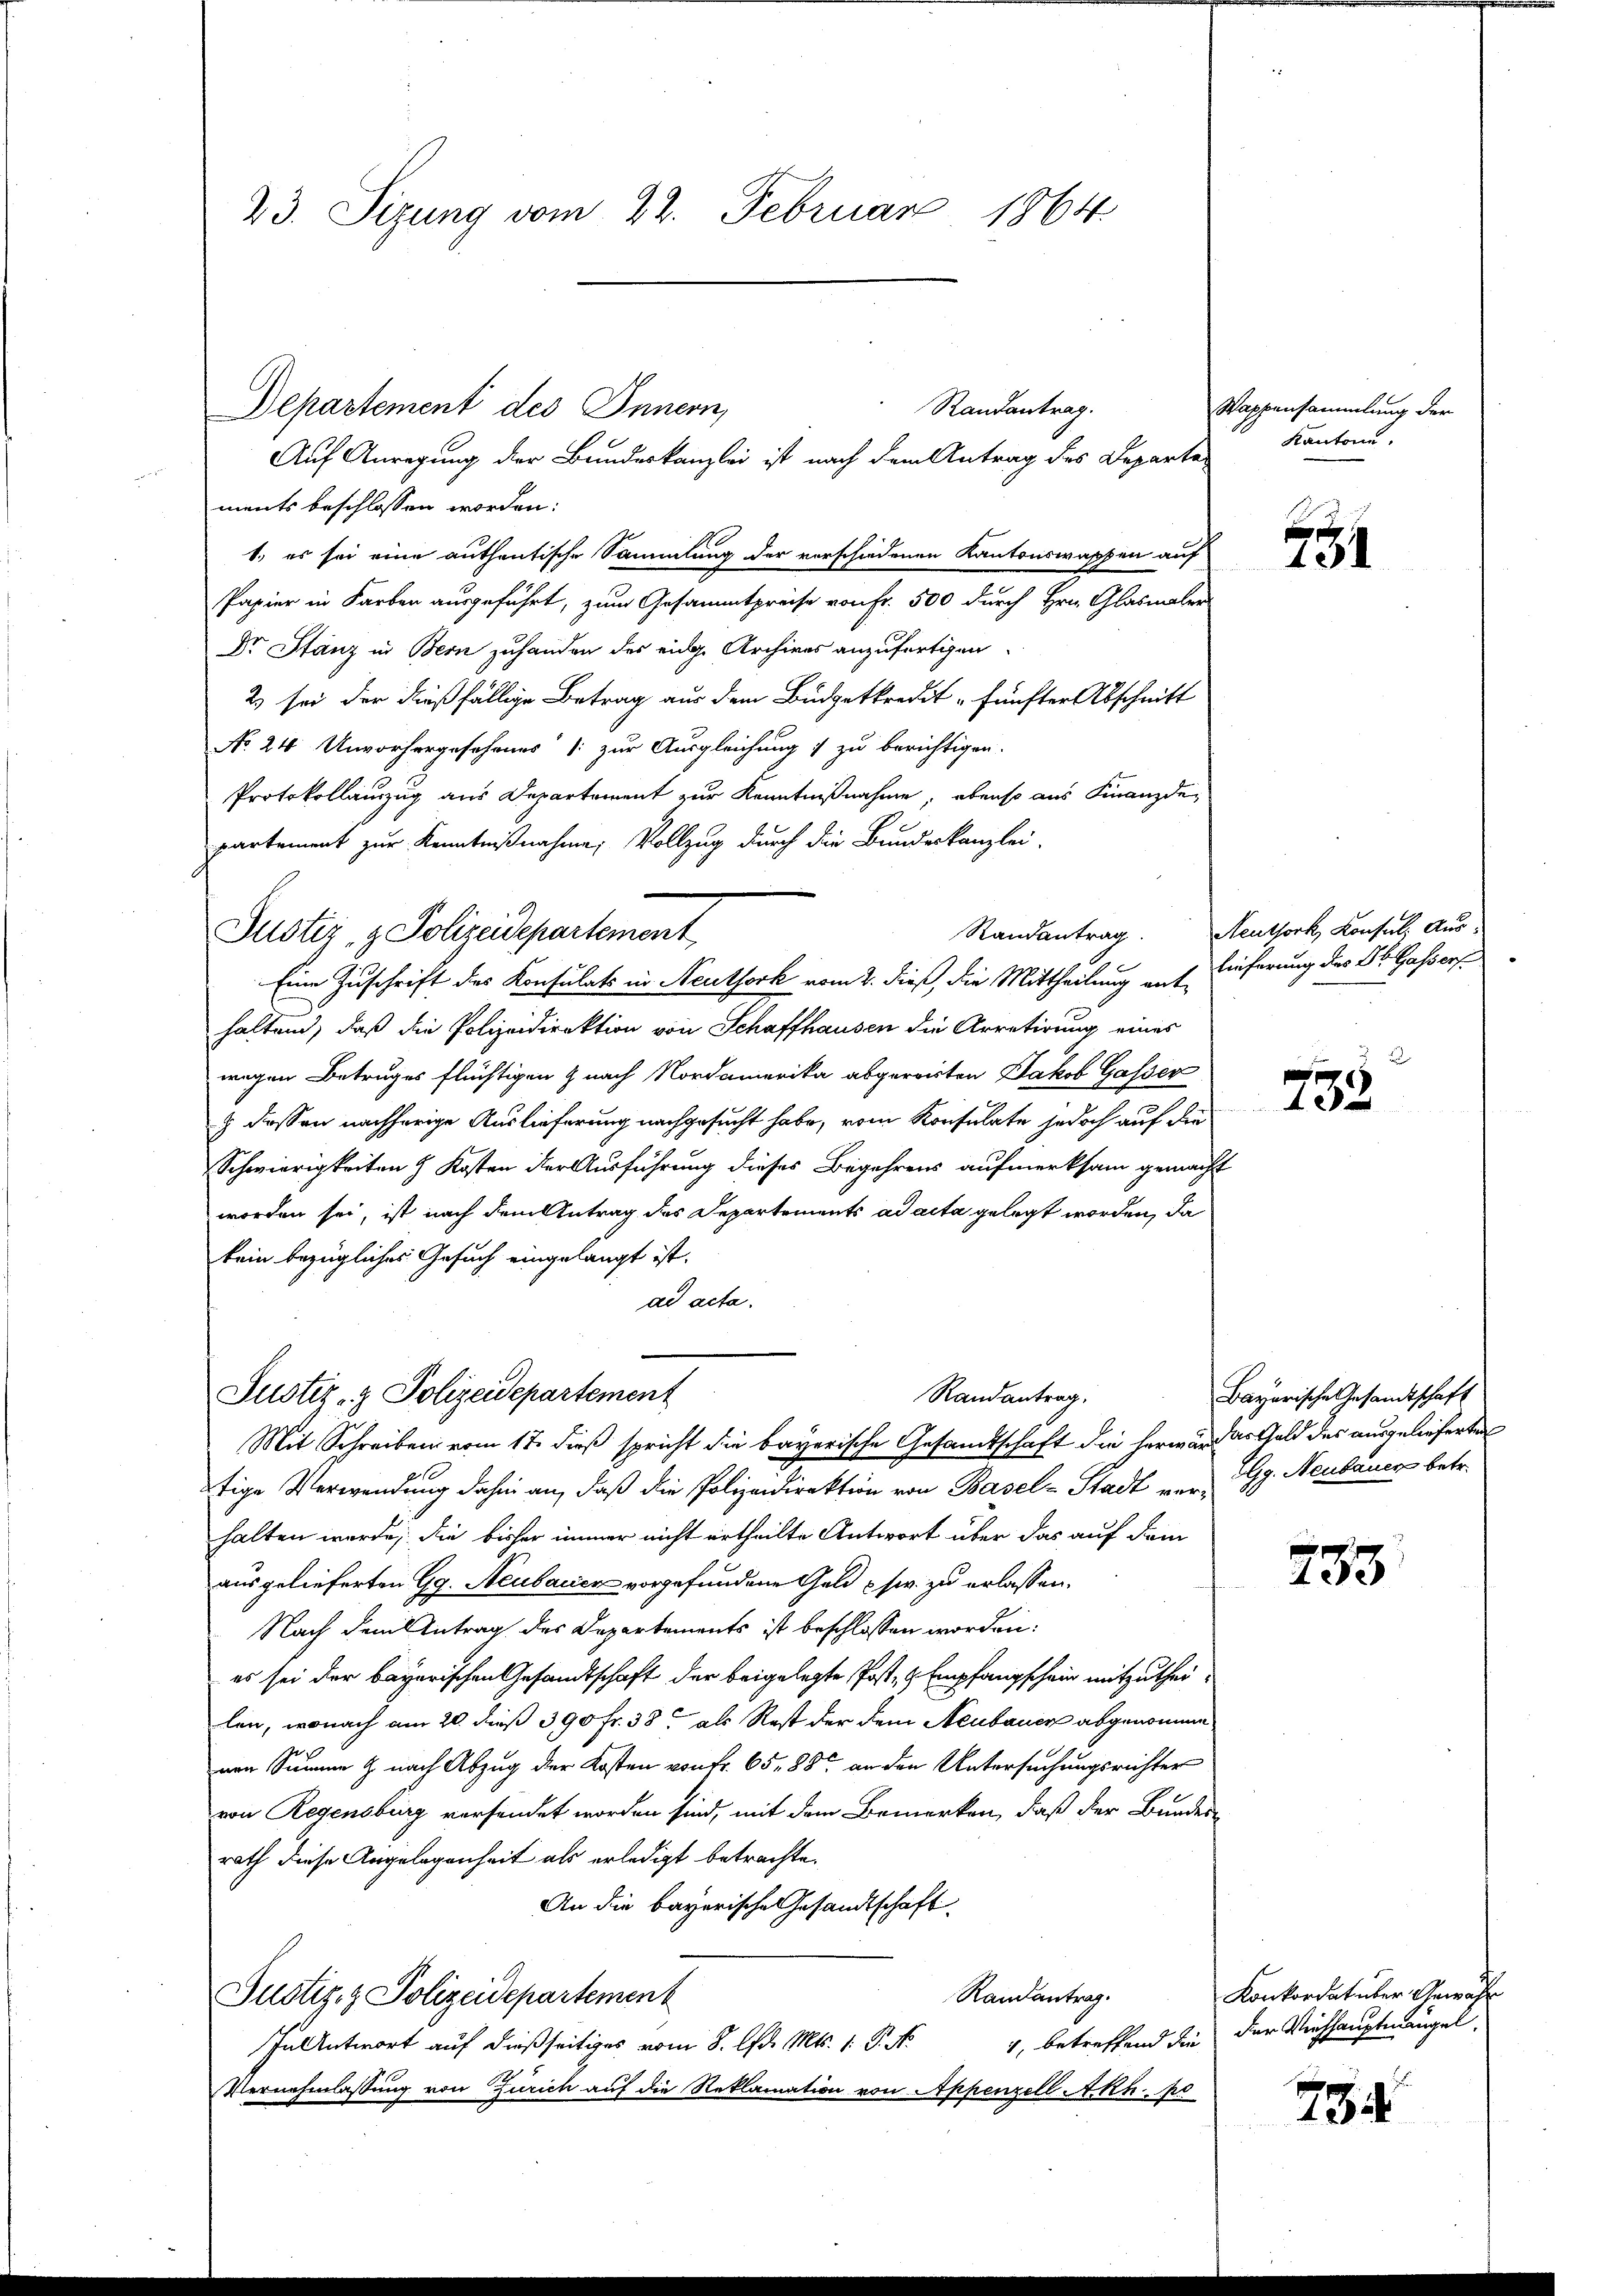
23. Sizung vom 22. Februar 1864.

ments beschlossen worden:
1. es sei eine authentische Sammlung der verschiedenen Kantonswassen auf
Papier in Farben ausgeführt, zum Gesammtpreise von Fr. 500 durch Hrn. Glasmaler
Dr Stanz in Bern zuhanden des eidge Archives anzufertigen.
2) sei der dießfällige Betrag aus dem Büdgetkredit fünfter Abschnitt
No 24. Unvorhergesehenes (: zur Ausgleichung :/ zu berichtigen.
Protokollanzug aus Departement zur Kenntnißnahme, ebenso aus Finanzdepartement zur Kenntnißnahme Vollzug durch die Bundeskanzlei-
Justiz- & Polizeidepartement
Eine Zuschrift des Konsulats in Neuthork vom 2. dieß, die Mittheilung enthaltend, daß die Polizeidirektion von Schaffhausen die Arretirung eines
wegen Betruges flüchtigen & nach Nordamerika abgereisten Jakob Gasser
e
§ dessen nachherige Auslieferung nachgesucht habe, vom Konsulate jedoch auf die
Schwierigkeiten 3 Kosten der Ausführung dieses Begehrens aufmerksam gemacht
worden sei, ist nach dem Antrag des Departements ad acta gelegt worden, da
kein bezügliches Gesuch eingelangt ist.
ad acta.

Randantrag.
Departement des Innern,
Auf Anregung der Bundeskanzlei ist nach dem Antrag des Departe

Justiz- & Polizeidepartement
Randantrag.
Mit Schreiben vom 17. dieß spricht die bayerische Gesandtschaft die herwar das Gold des ausgelieferten

tige Verwendung dahin an, daß die Polizeidirektion von Basel-Stadt vor Gg. Neubauer betr.
halten werde; die bisher immer nicht urtheilte Antwort über das auf dem
ausgelieferten Gg. Neubacien vorgefundene Geld usw. zu erlassen.
Nach dem Antrag des Departements ist beschlossen worden:
es sei der bayerischen Gesandtschaft der beigelegte Post- & Empfangschein mitzutheilen, wonach am 20. dieß 390 fr. 38 als Rest der dem Neubauer abgenomme
nen Summe & nach Abzug der Kosten von Fr. 65, 88 an den Untersuchungsrichter
von Regensburg versendet worden sind, mit dem Bemerken, daß der Bundes-
rath diese Angelegenheit als erledigt betrachte.
An die bayerische Gesandtschaft
Randantrag.
Justiz- & Polizeidepartement
In Antwort auf dießseitiges vom 8. d. Mts. 1. P. N.
Vernehmlassung von Zürich auf die Reklamation von Appenzell A.Rh. po

Wappensammlung der
Kantone.

234

152

Randantrag. Neuthork, Konsul, Aus-
lieferung des St. Gassers.

Bayerische Gesandtschaft

f
405

Konkordat über Gewähr
4, betreffend die der Viehhauptmangel.

734